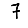
Digit: 7